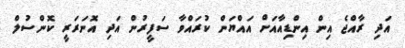
އަދި ރާއްޖެ އިން އިންޑިއާއަށް އައްޔަން ކުރައްވާ ސަފީރުން އަދި އޮނަރަރީ ކޮންސުލް